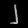
Digit: ၂